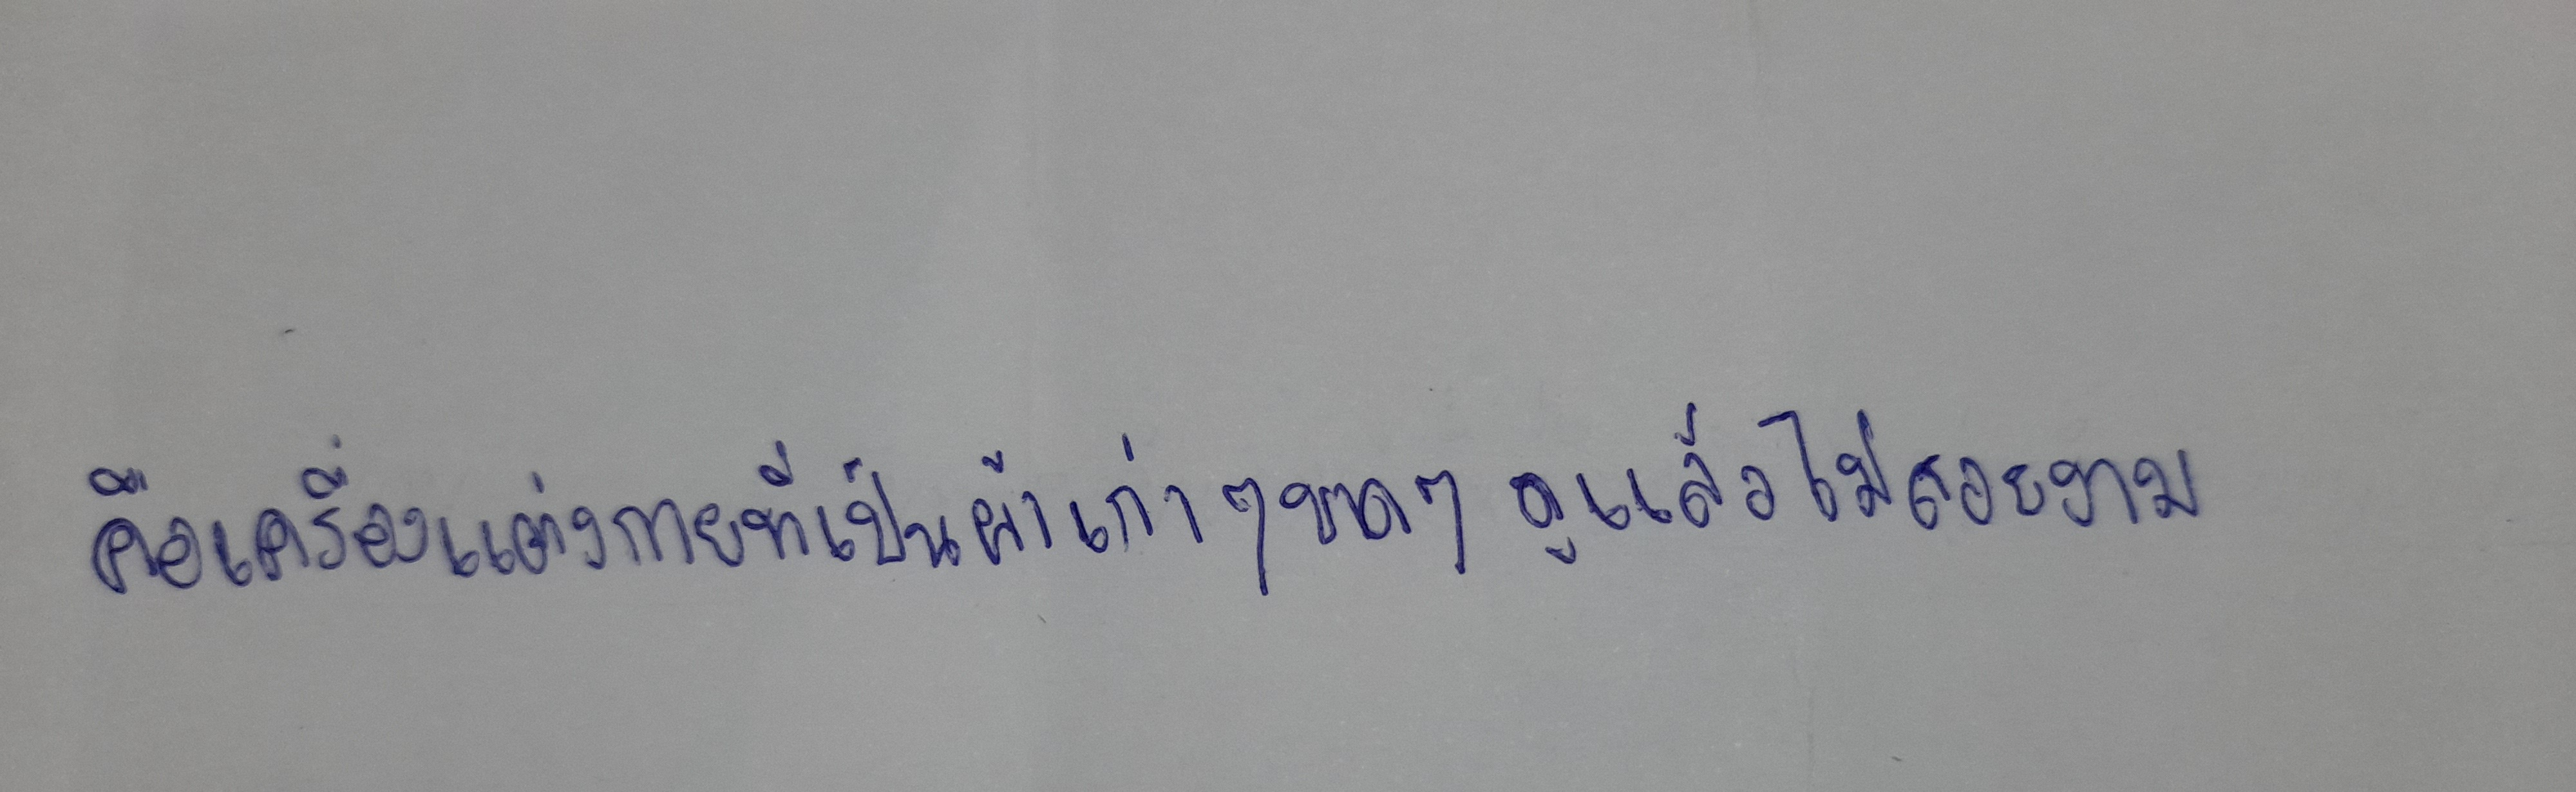
คือเครื่องแต่งกายที่เป็นผ้าเก่าๆ ขาดๆ ดูแล้วไม่สวยงาม